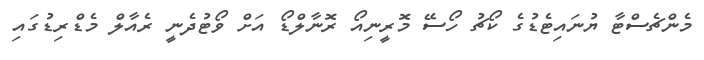
މެންޗެސްޓާ ޔުނައިޓެޑުގެ ކޯޗު ހޯސޭ މޮރީނިއޯ ރޮނާލްޑޯ އަށް ވޯޓުދެނީ ރެެއާލް މެޑްރިޑުގައި